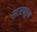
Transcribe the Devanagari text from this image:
साउरब्रुख